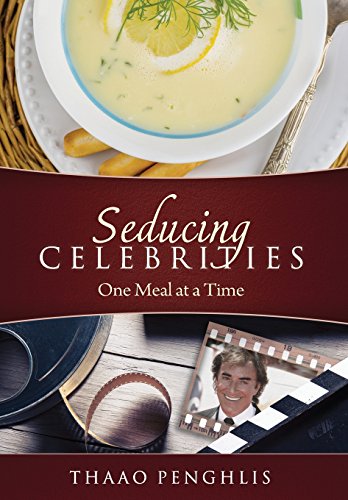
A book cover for Seducing Celebrities One Meal at a Time; Thaao Penghlis; Biographies & Memoirs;